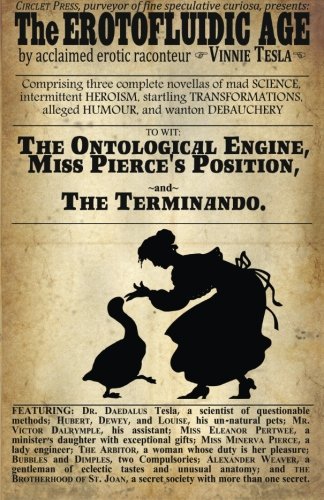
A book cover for The Erotofluidic Age; Vinnie Tesla; Romance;